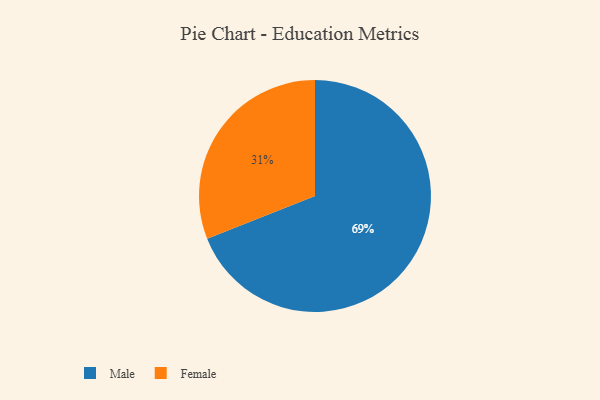
{"axis": {"x": "Category", "y": "Percentage"}, "legend": ["Female", "Male"], "data": [{"x": "Female", "y": 31, "type": "Female"}, {"x": "Male", "y": 69, "type": "Male"}]}